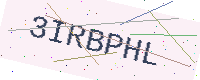
Text: 3IRBPHL